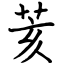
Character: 荄